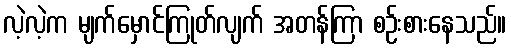
လဲ့လဲ့က မျက်မှောင်ကြုတ်လျက် အတန်ကြာ စဉ်းစားနေသည်။